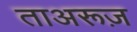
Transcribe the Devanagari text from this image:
ताअरूज़